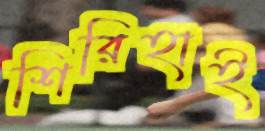
শিরিহাই